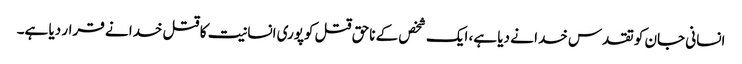
انسانی جان کو تقدس خدا نے دیا ہے، ایک شخص کے ناحق قتل کوپوری انسانیت کا قتل خدا نے قرار دیا ہے۔